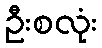
ဦးစလုံး